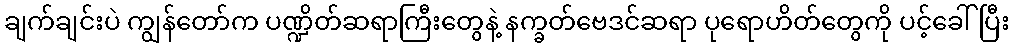
ချက်ချင်းပဲ ကျွန်တော်က ပဏ္ဍိတ်ဆရာကြီးတွေနဲ့ နက္ခတ်ဗေဒင်ဆရာ ပုရောဟိတ်တွေကို ပင့်ခေါ်ပြီး